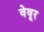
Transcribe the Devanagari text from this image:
वेवूर